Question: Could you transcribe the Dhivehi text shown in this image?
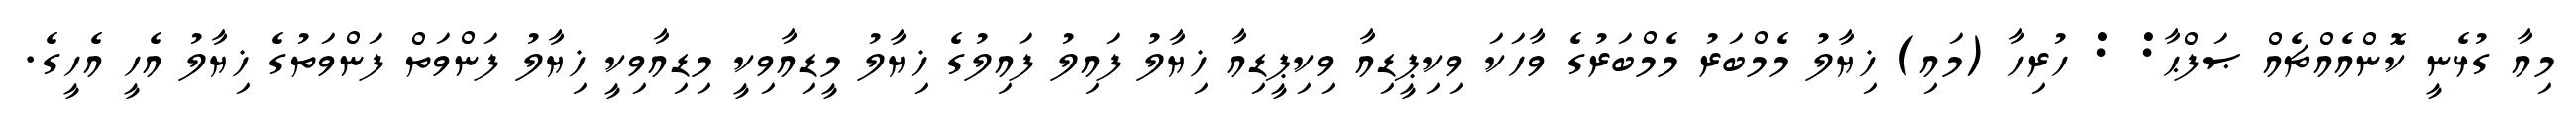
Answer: މިއާ ގުޅެނީ ކޮންއެއްޗެއް ޞަފްޙާ: : ހުރިހާ (މައި) ޚިޔާލު މެމްބަރު މެމްބަރުގެ ވާހަކަ ވިކިޕީޑިއާ ވިކިޕީޑިއާ ޚިޔާލު ފައިލު ފައިލުގެ ޚިޔާލު މީޑިއާވިކީ މިޑިއާވިކީ ޚިޔާލު ފަންވަތް ފަންވަތުގެ ޚިޔާލު އެހީ އެހީގެ.